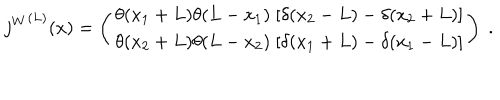
{ j ^ { W } } ^ { ( L ) } ( x ) = \left( \begin{array} { l } { { \theta ( x _ { 1 } + L ) \theta ( L - x _ { 1 } ) \; [ \delta ( x _ { 2 } - L ) - \delta ( x _ { 2 } + L ) ] } } \\ { { \theta ( x _ { 2 } + L ) \theta ( L - x _ { 2 } ) \; [ \delta ( x _ { 1 } + L ) - \delta ( x _ { 1 } - L ) ] } } \\ \end{array} \right) \; .